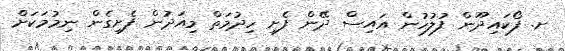
ށ. ފޯކައިދޫން ފުލުހުން އައިސް ދޭން ފެށި ހިދުމަތް މިއަދުން ފެށިގެން ނިމުމަކަށް